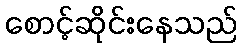
စောင့်ဆိုင်းနေသည်